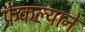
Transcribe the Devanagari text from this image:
फेकल्याने